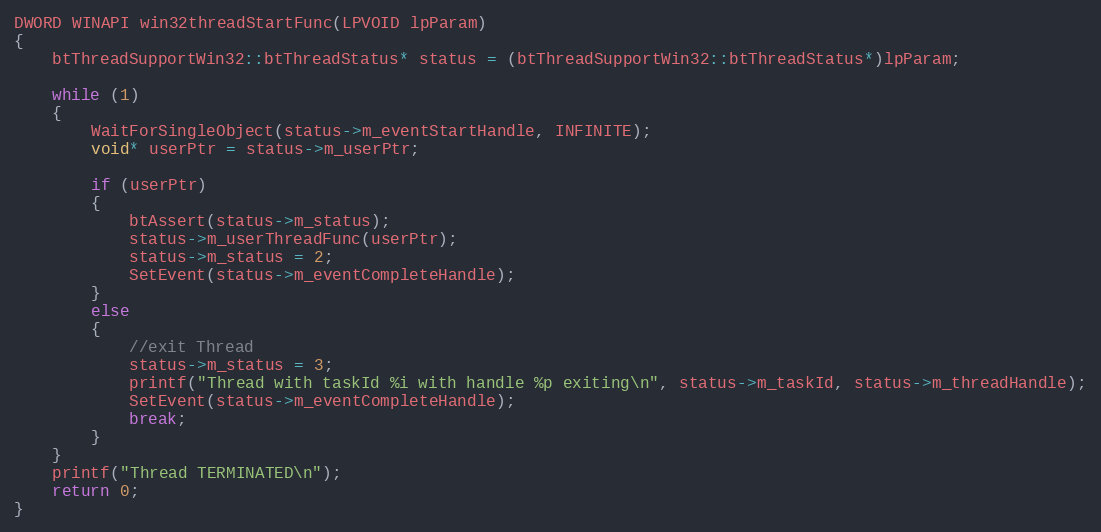
Language: C++
DWORD WINAPI win32threadStartFunc(LPVOID lpParam)
{
	btThreadSupportWin32::btThreadStatus* status = (btThreadSupportWin32::btThreadStatus*)lpParam;

	while (1)
	{
		WaitForSingleObject(status->m_eventStartHandle, INFINITE);
		void* userPtr = status->m_userPtr;

		if (userPtr)
		{
			btAssert(status->m_status);
			status->m_userThreadFunc(userPtr);
			status->m_status = 2;
			SetEvent(status->m_eventCompleteHandle);
		}
		else
		{
			//exit Thread
			status->m_status = 3;
			printf("Thread with taskId %i with handle %p exiting\n", status->m_taskId, status->m_threadHandle);
			SetEvent(status->m_eventCompleteHandle);
			break;
		}
	}
	printf("Thread TERMINATED\n");
	return 0;
}